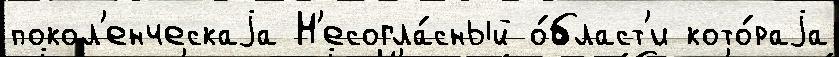
покол'енческаjа Н'есогла́сный о́бласт'и кото́раjа